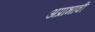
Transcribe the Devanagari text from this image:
अप्राभावी